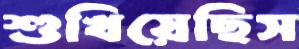
শুখিয়েছিস